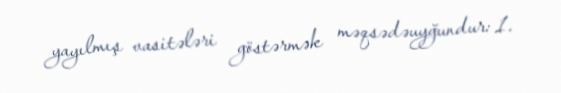
yayılmış vasitələri göstərmək məqsədəuyğundur: 1.